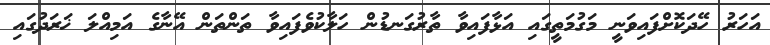
އަހަރު ހޭދަކޮށްފައިވަނީ މަގުމަތީގައި އަޅާފައިވާ ތާރުގަނޑުން ހަލާކުވެފައިވާ ތަންތަން އޭނާގެ އަމިއްލަ ޚަރަދުގައި